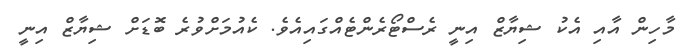
މާހިން އާއި އެކު ޝިޔާޒް އިނީ ރެސްޓޯރެންޓެއްގައިއެވެ. ކެއުމަށްވުރެ ބޮޑަށް ޝިޔާޒް އިނީ